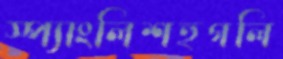
স্প্যাংলিশহুগলি